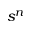
s ^ { n }